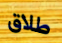
طلاق